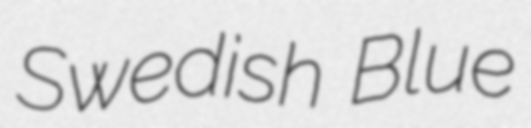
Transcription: Swedish Blue